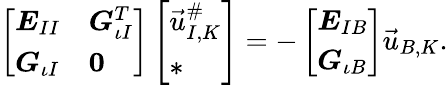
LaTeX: \begin{array}{r}{\left[\begin{array}{ll}{\boldsymbol{E}_{II}}&{\boldsymbol{G}_{\iota I}^{T}}\\ {\boldsymbol{G}_{\iota I}}&{\boldsymbol{0}}\end{array}\right]\left[\begin{array}{l}{\vec{u}_{I,K}^{\# }}\\ {*}\end{array}\right]=-\left[\begin{array}{l}{\boldsymbol{E}_{IB}}\\ {\boldsymbol{G}_{\iota B}}\end{array}\right]\vec{u}_{B,K}.}\end{array}